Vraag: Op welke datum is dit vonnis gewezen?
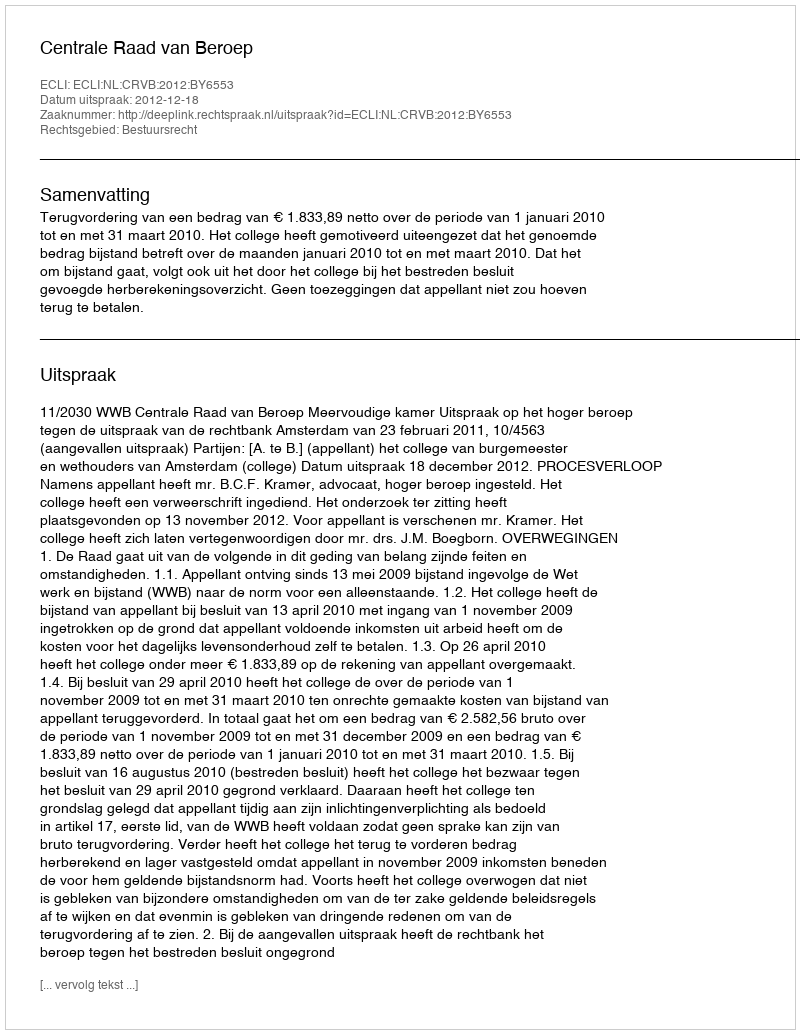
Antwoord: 2012-12-18